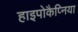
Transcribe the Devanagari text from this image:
हाइपोकैप्निया